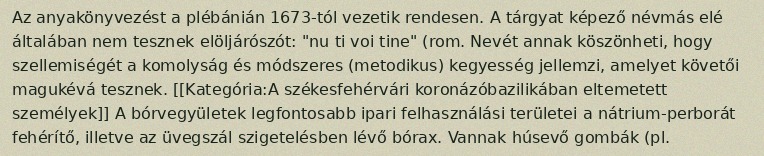
Az anyakönyvezést a plébánián 1673-tól vezetik rendesen. A tárgyat képező névmás elé általában nem tesznek elöljárószót: "nu ti voi tine" (rom. Nevét annak köszönheti, hogy szellemiségét a komolyság és módszeres (metodikus) kegyesség jellemzi, amelyet követői magukévá tesznek. [[Kategória:A székesfehérvári koronázóbazilikában eltemetett személyek]] A bórvegyületek legfontosabb ipari felhasználási területei a nátrium-perborát fehérítő, illetve az üvegszál szigetelésben lévő bórax. Vannak húsevő gombák (pl.